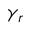
\gamma _ { r }